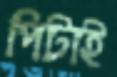
পিটাই